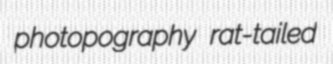
photopography rat-tailed